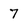
Character: 7